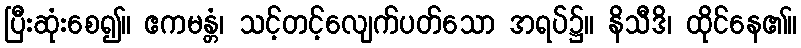
ပြီးဆုံးစေ၍။ ဧကမန္တံ၊ သင့်တင့်လျေက်ပတ်သော အရပ်၌။ နိသီဒိ၊ ထိုင်နေ၏။